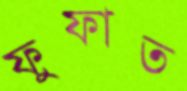
ফুফাত